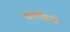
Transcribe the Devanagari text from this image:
कवाड़ियों